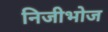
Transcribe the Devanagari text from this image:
निजीभोज